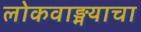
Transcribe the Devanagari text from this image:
लोकवाङ्मयाचा